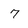
Character: 7